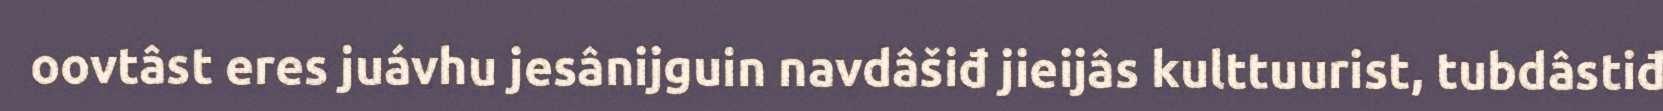
oovtâst eres juávhu jesânijguin navdâšiđ jieijâs kulttuurist, tubdâstiđ